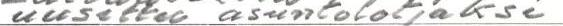
uusittu asuntolotjaksi